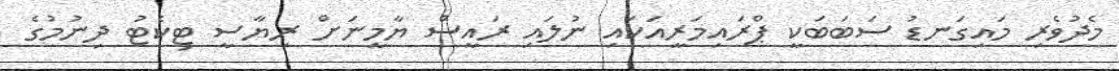
މެދުވެރި މައިގަނޑު ސަބަބަކީ ޕްރައިމަރީއަކައި ނުލައި ރައީސް ޔާމީނަށް ރިޔާސީ ޓިކެޓު ދިނުމުގެ